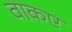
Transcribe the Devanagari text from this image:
वाकए